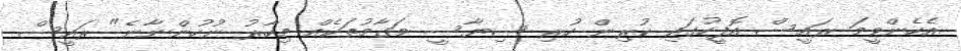
އެހެންވީމަ ރައީސް އޮފީހުގައި ކުރިން ހުރި ސިޔާސީ މަގާމުތަކެއް މިހާރު ނުހުންނާނެ" ރައީސް